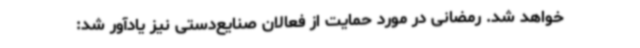
خواهد شد. رمضانی در مورد حمایت از فعالان صنایع‌دستی نیز یادآور شد: